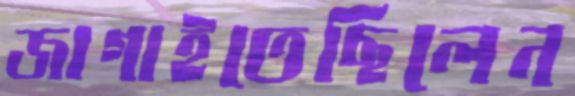
জাগাইতেছিলেন